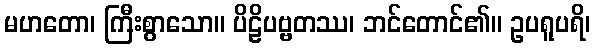
မဟတော၊ ကြီးစွာသော။ ပိဠိပဗ္ဗတဿ၊ ဘင်တောင်၏။ ဥပရူပရိ၊